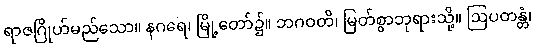
ရာဇဂြိုဟ်မည်သော။ နဂရေ၊ မြို့တော်၌။ ဘဂဝတိ၊ မြတ်စွာဘုရားသို့။ ဩပတန္တံ၊